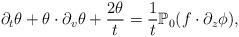
LaTeX: \begin{align*}\partial_t\theta+\theta\cdot \partial_v\theta+\frac{2\theta}{t}=\frac{1}{t}\mathbb{P}_0(f\cdot\partial_z\phi),\end{align*}